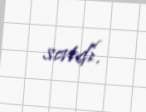
satdı.